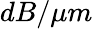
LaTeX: dB/\mu m